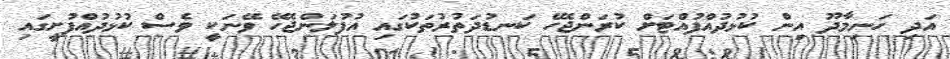
އަދި ހަނިމާދޫ އިން ކުޅުދުއްފުއްޓަށް ކުރަންޖެހޭ ކަނޑުދަތުރުތަކުގައި އުފުލަންޖެހޭ ވޭނަކީ ވެސް ކުޅުދުއްފުށީގައި